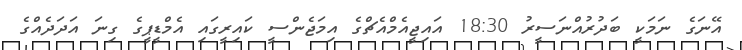
އޭނަގެ ނަމަކީ ބަދުރުއްނަސީރު 18:30 އައިޖީއެމްއެޗްގެ އިމަޖެންސީ ކައިރީގައި އެމްޑީޕީގެ ގިނަ އަދަދެއްގެ